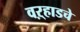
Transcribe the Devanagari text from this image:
वऱ्हाडचे